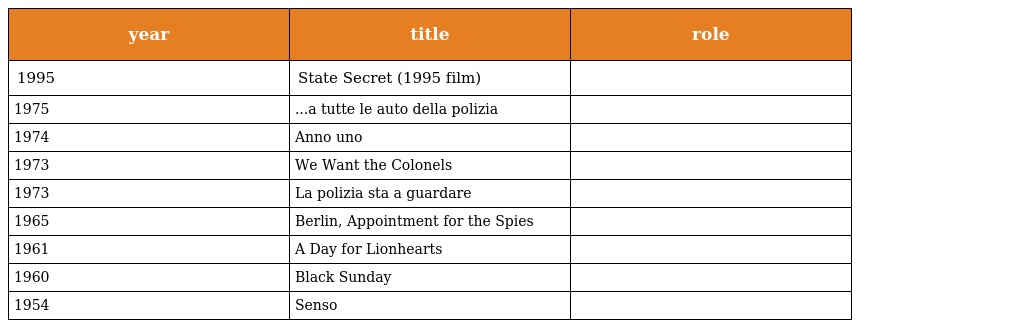
| year | title | role |
 | --- | --- | --- |
 | 1995 | State Secret (1995 film) |  |
 | 1975 | ...a tutte le auto della polizia |  |
 | 1974 | Anno uno |  |
 | 1973 | We Want the Colonels |  |
 | 1973 | La polizia sta a guardare |  |
 | 1965 | Berlin, Appointment for the Spies |  |
 | 1961 | A Day for Lionhearts |  |
 | 1960 | Black Sunday |  |
 | 1954 | Senso |  |